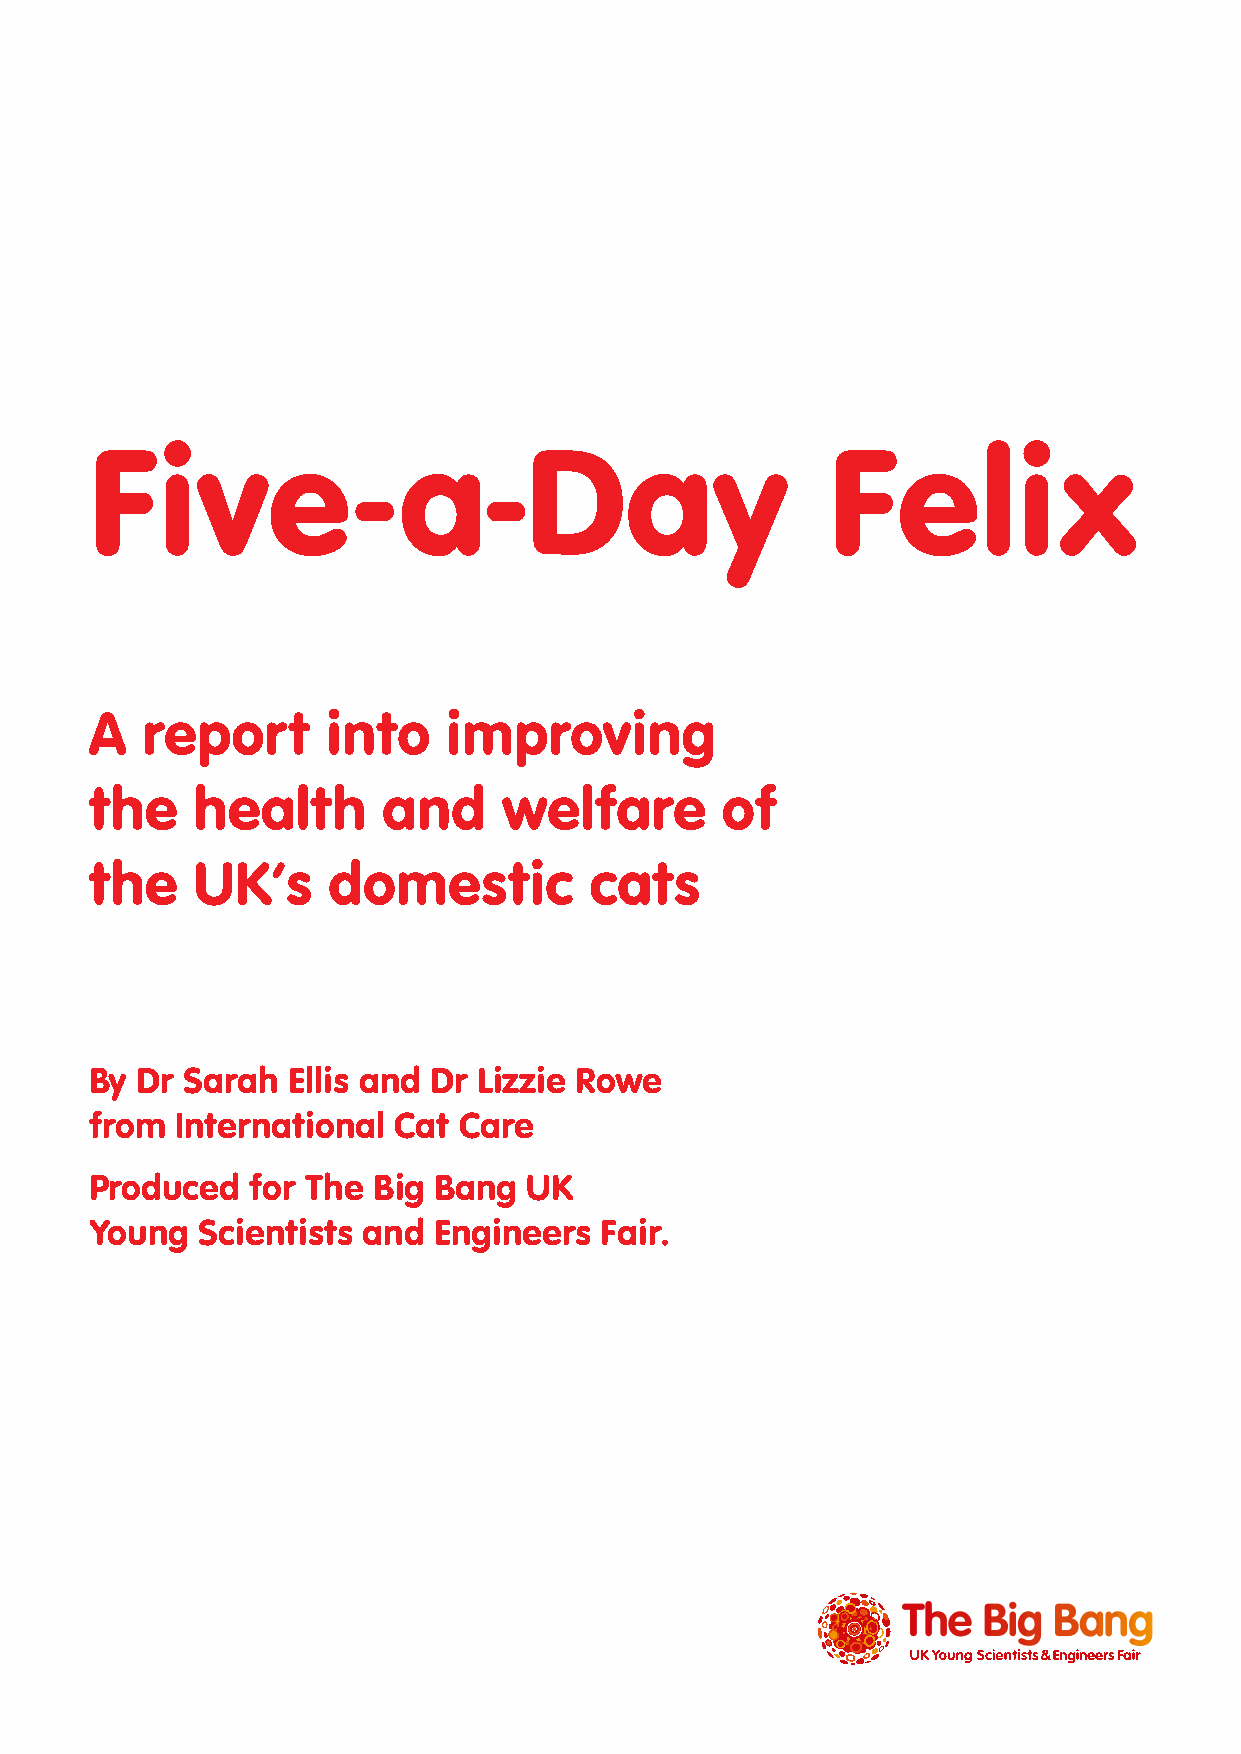
Five-a-Day                                       Felix
 A  report       into    improving
 the    health      and     welfare        of
 the    UK’s     domestic         cats
 By Dr Sarah  Ellis and Dr Lizzie Rowe
 from  International Cat Care
 Produced   for The Big Bang  UK
 Young  Scientists and  Engineers  Fair.